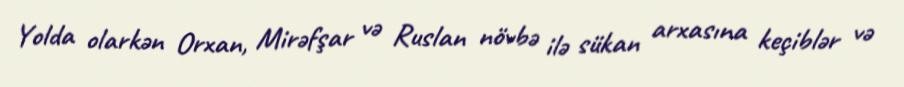
Yolda olarkən Orxan, Mirəfşar və Ruslan növbə ilə sükan arxasına keçiblər və